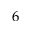
6